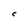
Character: C